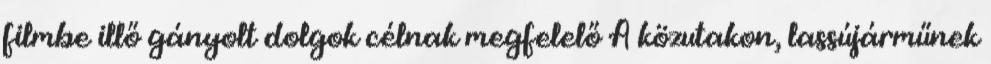
filmbe illő gányolt dolgok célnak megfelelő A közutakon, lassújárműnek